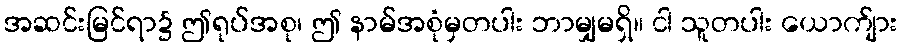
အဆင်းမြင်ရာ၌ ဤရုပ်အစု၊ ဤ နာမ်အစုံမှတပါး ဘာမျှမရှိ။ ငါ သူတပါး ယောက်ျား